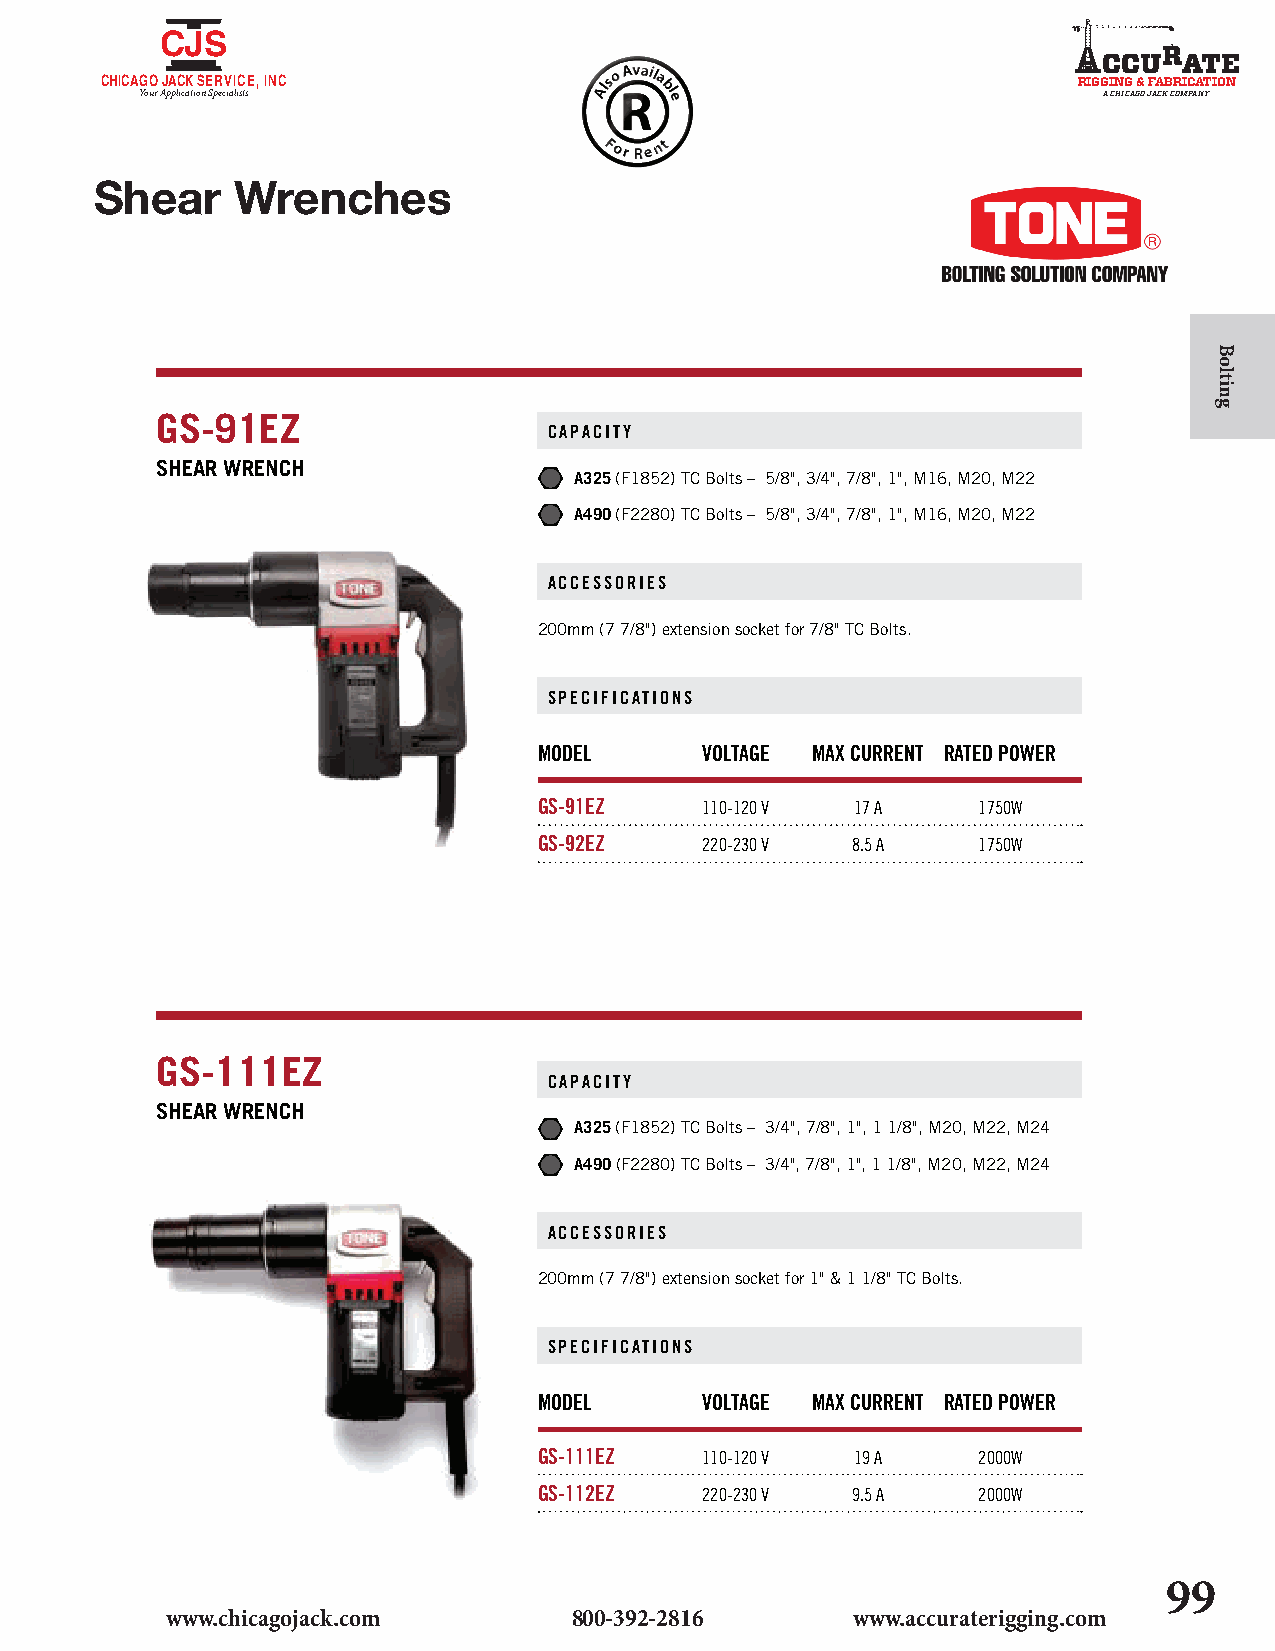
CJS
 A     R
 CCU  ATE
 CHICA YG ouO
 r
 AJ pA plC icK
 ati
 oS nE SpR ecV iaI liC stsE, INC
 Also Availa
 bl
 e
 RIGG
 A
 I CN HIG
 CA
 G&
 O
 JF AA CKB CR OMIC PAA NT YION
 For Re nt
 Shear    Wrenches
 GS-91EZ
 CAPACITY
 SHEAR WRENCH
 A325 (F1852) TC Bolts – 5/8", 3/4", 7/8", 1", M16, M20, M22
 A490 (F2280) TC Bolts – 5/8", 3/4", 7/8", 1", M16, M20, M22
 ACCESSORIES
 200mm (7 7/8") extension socket for 7/8" TC Bolts.
 SPECIFICATIONS
 MODEL     VOLTAGE MAX CURRENT RATED POWER
 GS-91EZ   110-120 V  17 A    1750W
 GS-92EZ   220-230 V 8.5 A    1750W
 GS-111EZ
 CAPACITY
 SHEAR WRENCH
 A325 (F1852) TC Bolts – 3/4", 7/8", 1", 1 1/8", M20, M22, M24
 A490 (F2280) TC Bolts – 3/4", 7/8", 1", 1 1/8", M20, M22, M24
 ACCESSORIES
 200mm (7 7/8") extension socket for 1" & 1 1/8" TC Bolts.
 SPECIFICATIONS
 MODEL     VOLTAGE MAX CURRENT RATED POWER
 GS-111EZ  110-120 V  19 A    2000W
 GS-112EZ  220-230 V 9.5 A    2000W
 99
 www.chicagojack.com        800-392-2816       www.accuraterigging.com
 Bolting